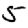
Digit: 5